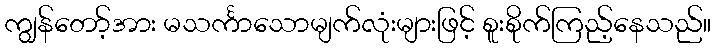
ကျွန်တော့်အား မသင်္ကာသောမျက်လုံးများဖြင့် စူးစိုက်ကြည့်နေသည်။